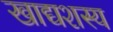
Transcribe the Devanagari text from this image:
खाद्यशस्य